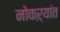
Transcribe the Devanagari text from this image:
नोकऱ्यांत